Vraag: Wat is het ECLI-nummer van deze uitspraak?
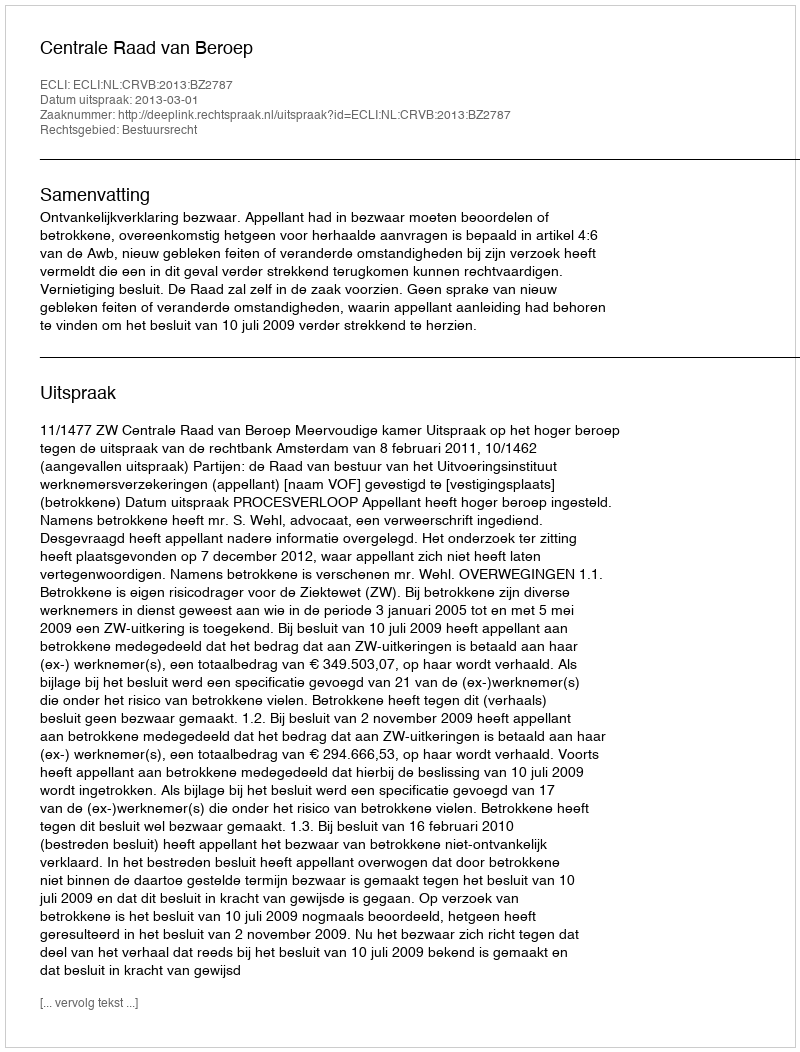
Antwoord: ECLI:NL:CRVB:2013:BZ2787